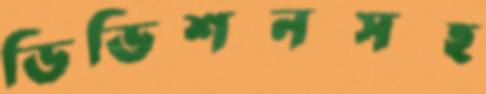
ডিভিশনসহ